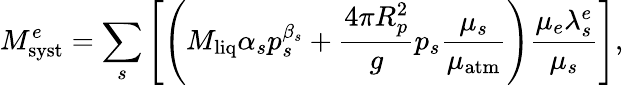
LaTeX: M_{\mathrm{syst}}^{e}=\sum_{s}\left[\left(M_{\mathrm{liq}}\alpha_{s}p_{s}^{\beta_{s}}+\frac{4\pi R_{p}^{2}}{g}p_{s}\frac{\mu_{s}}{\mu_{\mathrm{atm}}}\right)\frac{\mu_{e}\lambda_{s}^{e}}{\mu_{s}}\right],